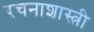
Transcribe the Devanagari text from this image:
रचनाशास्त्री